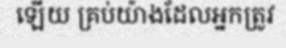
ឡើយ គ្រប់យ៉ាងដែលអ្នកត្រូវ